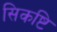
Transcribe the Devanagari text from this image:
सिकष्टि